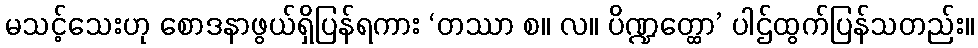
မသင့်သေးဟု စောဒနာဖွယ်ရှိပြန်ရကား ‘တဿာ စ။ လ။ ပိဏ္ဍတ္ထော’ ပါဌ်ထွက်ပြန်သတည်း။